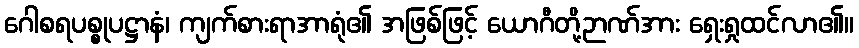
ဂေါစရပစ္စုပဋ္ဌာနံ၊ ကျက်စားရာအာရုံ၏ အဖြစ်ဖြင့် ယောဂီတို့ဉာဏ်အား ရှေးရှုထင်လာ၏။